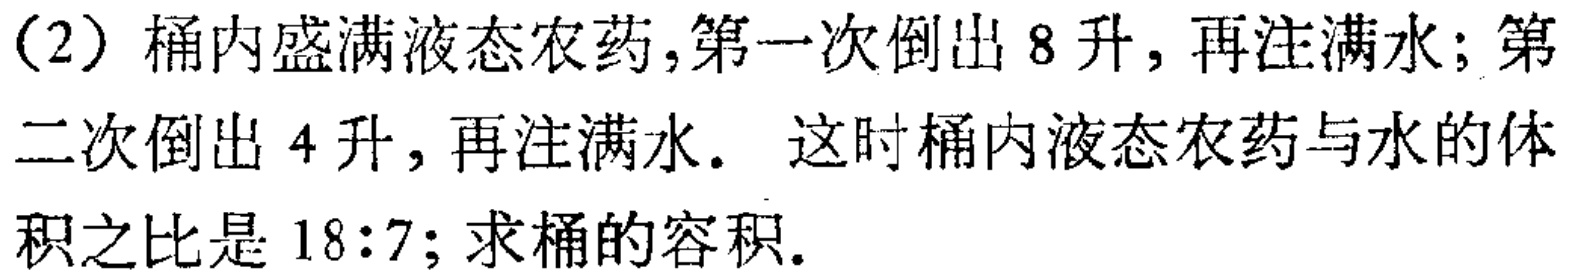
（2）桶内盛满液态农药，第一次倒出 8 升，再注满水；第二次倒出 4 升，再注满水。这时桶内液态农药与水的体积之比是 \(18:7\)；求桶的容积。